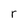
Character: r